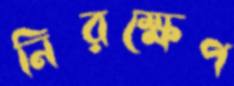
নিরক্ষেপ